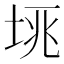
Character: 𡋮